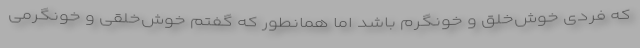
که فردی خوش‌خلق و خونگرم باشد اما همانطور که گفتم خوش‌خلقی و خونگرمی